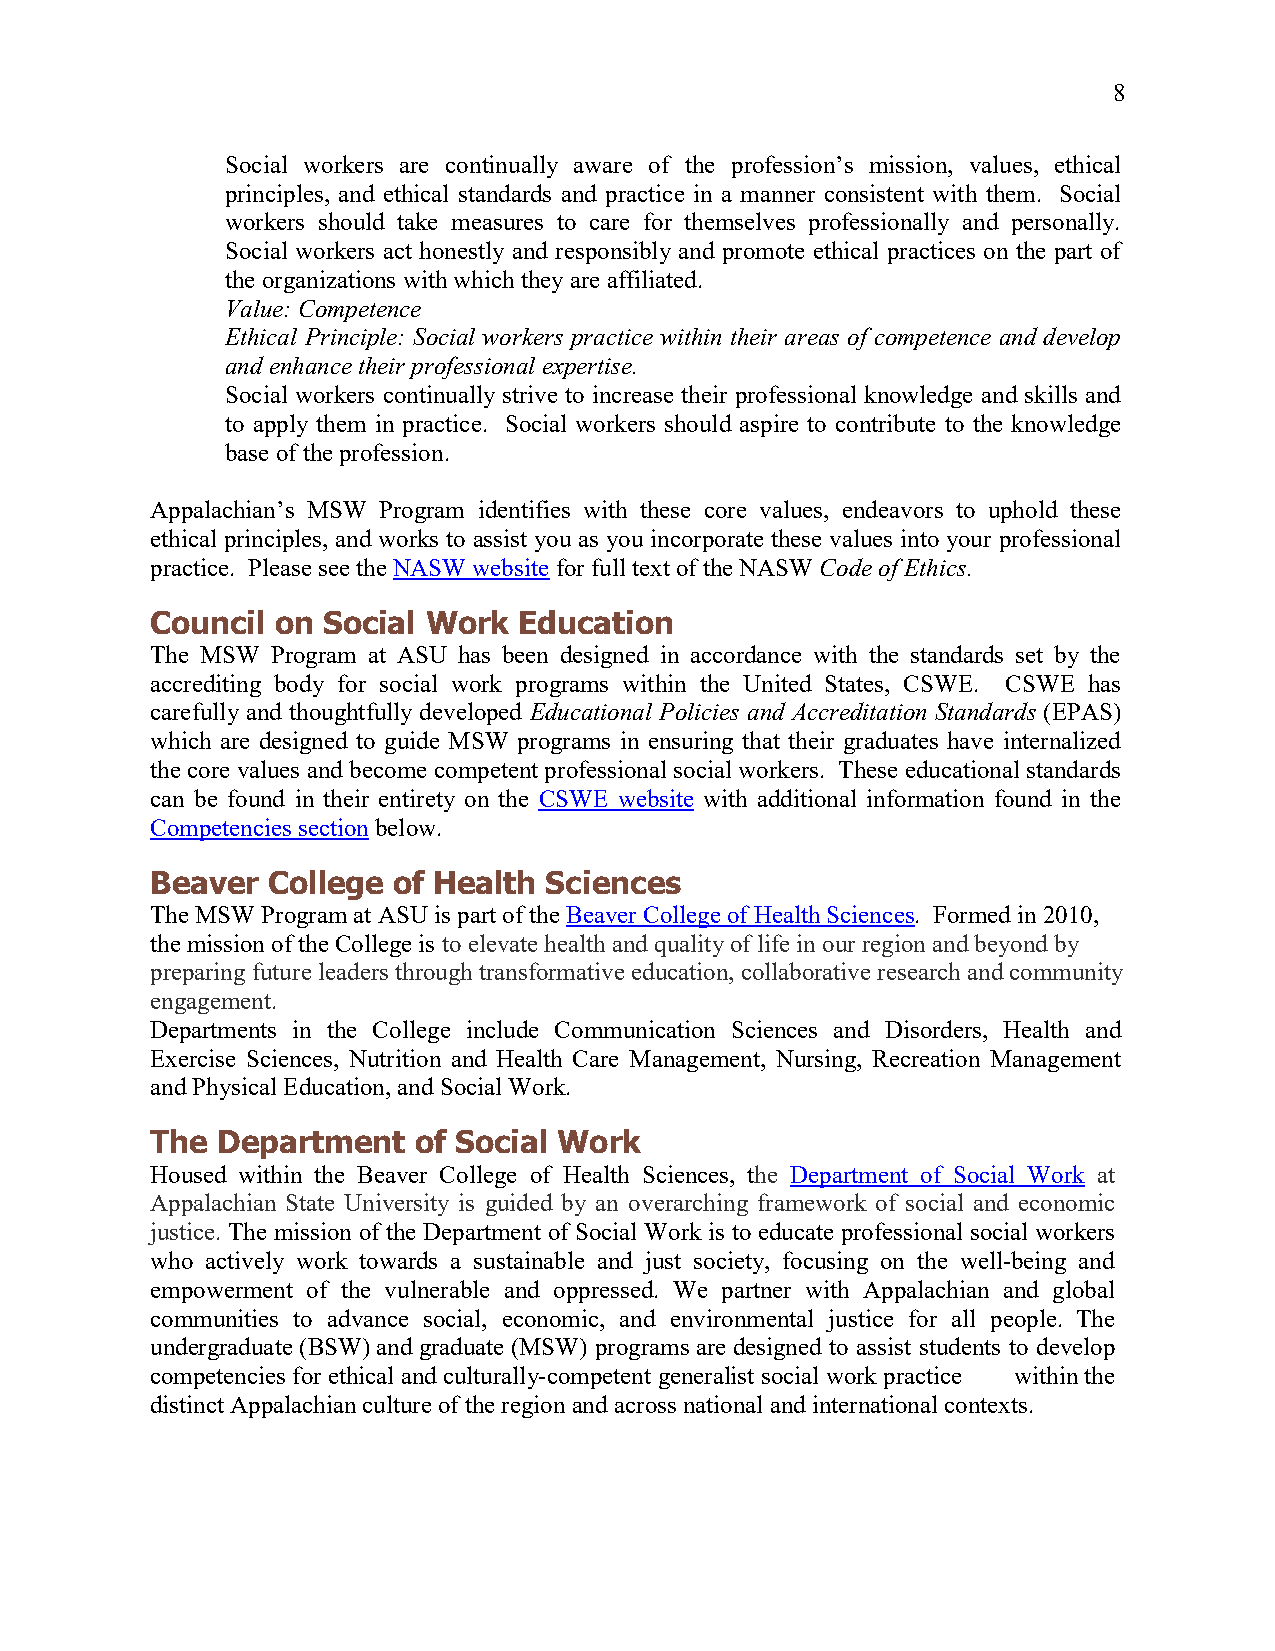
8
 Social workers are continually aware of the profession’s mission, values, ethical
 principles, and ethical standards and practice in a manner consistent with them. Social
 workers should take measures to care for themselves professionally and personally.
 Social workers act honestly and responsibly and promote ethical practices on the part of
 the organizations with which they are affiliated.
 Value: Competence
 Ethical Principle: Social workers practice within their areas of competence and develop
 and enhance their professional expertise.
 Social workers continually strive to increase their professional knowledge and skills and
 to apply them in practice. Social workers should aspire to contribute to the knowledge
 base of the profession.
 Appalachian’s MSW Program identifies with these core values, endeavors to uphold these
 ethical principles, and works to assist you as you incorporate these values into your professional
 practice. Please see the NASW website for full text of the NASW Code of Ethics.
 Council on Social Work  Education
 The MSW Program at ASU has been designed in accordance with the standards set by the
 accrediting body for social work programs within the United States, CSWE. CSWE has
 carefully and thoughtfully developed Educational Policies and Accreditation Standards (EPAS)
 which are designed to guide MSW programs in ensuring that their graduates have internalized
 the core values and become competent professional social workers. These educational standards
 can be found in their entirety on the CSWE website with additional information found in the
 Competencies section below.
 Beaver  College of Health Sciences
 The MSW Program at ASU is part of the Beaver College of Health Sciences. Formed in 2010,
 the mission of the College is to elevate health and quality of life in our region and beyond by
 preparing future leaders through transformative education, collaborative research and community
 engagement.
 Departments in the College include Communication Sciences and Disorders, Health and
 Exercise Sciences, Nutrition and Health Care Management, Nursing, Recreation Management
 and Physical Education, and Social Work.
 The Department   of Social Work
 Housed within the Beaver College of Health Sciences, the Department of Social Work at
 Appalachian State University is guided by an overarching framework of social and economic
 justice. The mission of the Department of Social Work is to educate professional social workers
 who actively work towards a sustainable and just society, focusing on the well-being and
 empowerment of the vulnerable and oppressed. We partner with Appalachian and global
 communities to advance social, economic, and environmental justice for all people. The
 undergraduate (BSW) and graduate (MSW) programs are designed to assist students to develop
 competencies for ethical and culturally-competent generalist social work practice within the
 distinct Appalachian culture of the region and across national and international contexts.